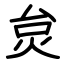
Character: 炱